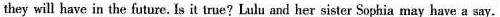
they will have in the future. Is it true? Lulu and her sister Sophia may have a say.